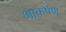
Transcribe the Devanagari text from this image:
आकर्षण्‍ा